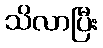
သိလာပြီး